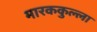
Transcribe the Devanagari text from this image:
मारककुल्ला